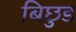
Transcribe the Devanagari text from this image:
बिछुड